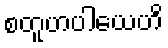
စတူဟပါယေဟိ